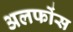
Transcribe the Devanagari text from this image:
अलफोंस